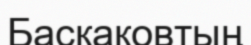
Баскаковтың